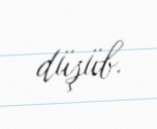
düşüb.